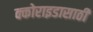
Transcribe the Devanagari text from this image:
क्कोराइडासाठी